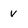
Character: V